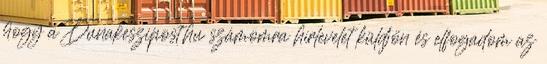
hogy a Dunakeszipost.hu számomra hírlevelet küldjön és elfogadom az